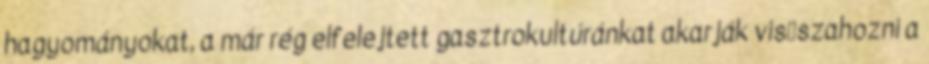
hagyományokat, a már rég elfelejtett gasztrokultúránkat akarják vis�szahozni a